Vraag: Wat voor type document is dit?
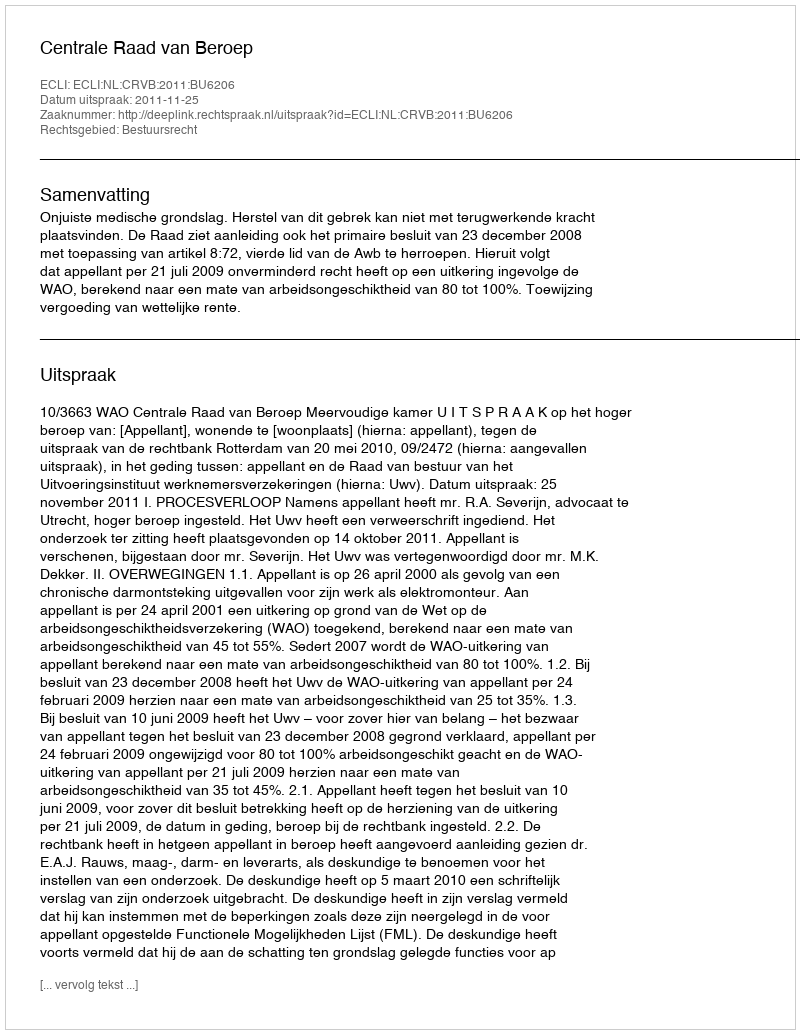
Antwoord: Uitspraak